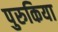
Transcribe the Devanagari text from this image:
पुरुकिया